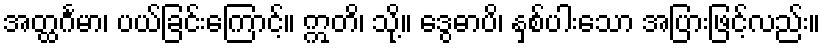
အတ္ထင်္ဂမာ၊ ပယ်ခြင်းကြောင့်။ ဣတိ၊ သို့။ ဒွေဓာပိ၊ နှစ်ပါးသော အပြားဖြင့်လည်း။